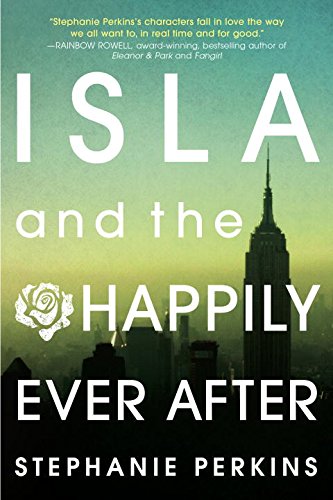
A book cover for Isla and the Happily Ever After; Stephanie Perkins; Teen & Young Adult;